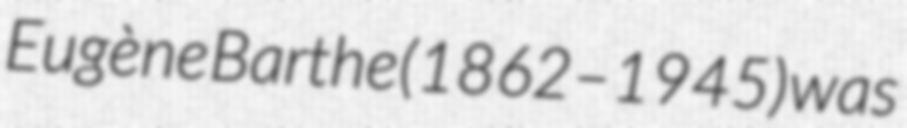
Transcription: Eugène Barthe (1862–1945) was